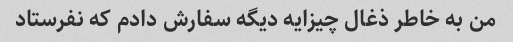
من به خاطر ذغال چیزایه دیگه سفارش دادم که نفرستاد